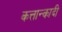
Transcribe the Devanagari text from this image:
कत्तान्कादी